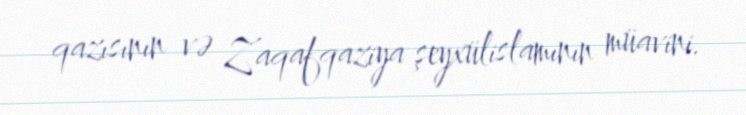
qazısının və Zaqafqaziya şeyxülislamının müavini.